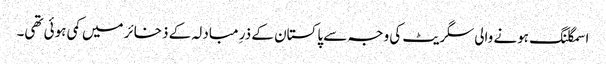
اسمگلنگ ہونے والی سگریٹ کی وجہ سے پاکستان کے ذرِ مبادلہ کے ذخائر میں کمی ہوئی تھی۔